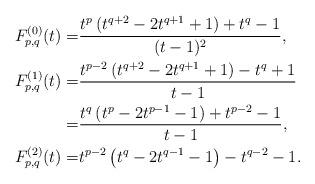
LaTeX: \begin{align*}F^{(0)}_{p,q}(t)=&\frac{t^p\left(t^{q+2}-2t^{q+1}+1\right)+t^{q}-1}{(t-1)^2},\\F^{(1)}_{p,q}(t)=&\frac{t^{p-2}\left(t^{q+2}-2t^{q+1}+1\right)-t^{q}+1}{t-1}\\=&\frac{t^{q}\left(t^{p}-2t^{p-1}-1\right)+t^{p-2}-1}{t-1},\\F^{(2)}_{p,q}(t)=&t^{p-2}\left(t^{q}-2t^{q-1}-1\right)-t^{q-2}-1.\end{align*}